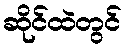
ဆိုင်ထဲတွင်